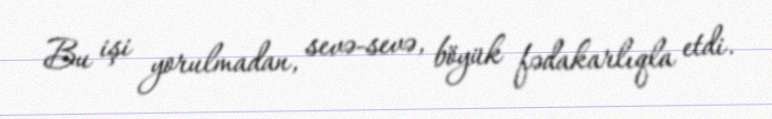
Bu işi yorulmadan, sevə-sevə, böyük fədakarlıqla etdi.